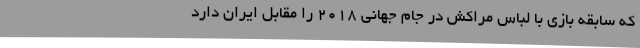
که سابقه بازی با لباس مراکش در جام جهانی 2018 را مقابل ایران دارد